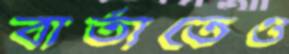
বার্তাতেও